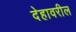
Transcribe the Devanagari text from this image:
देहावरील